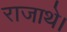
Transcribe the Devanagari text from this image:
राजाथे।